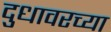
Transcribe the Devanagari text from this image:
दुधावरच्या